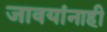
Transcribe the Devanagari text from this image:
जावयांनाही